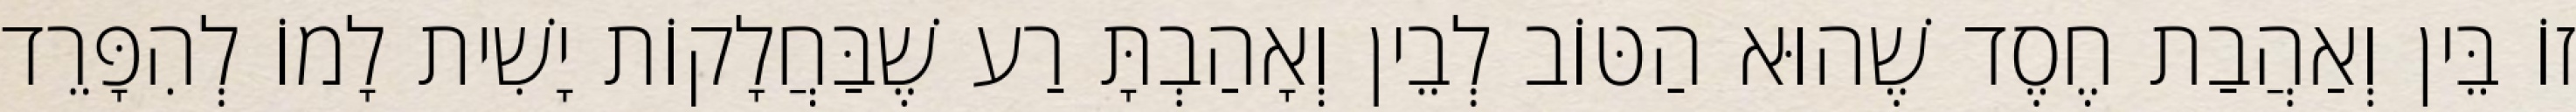
זוֹ בֵּין וְאַהֲבַת חֶסֶד שֶׁהוּא הַטּוֹב לְבֵין וְאָהַבְתָּ רַע שֶׁבַּחֲלָקוֹת יָשִׁית לָמוֹ לְהִפָּרֵד